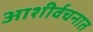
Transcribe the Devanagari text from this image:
आशीर्वचनात